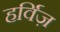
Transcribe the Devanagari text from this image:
हर्विज़